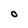
Character: O